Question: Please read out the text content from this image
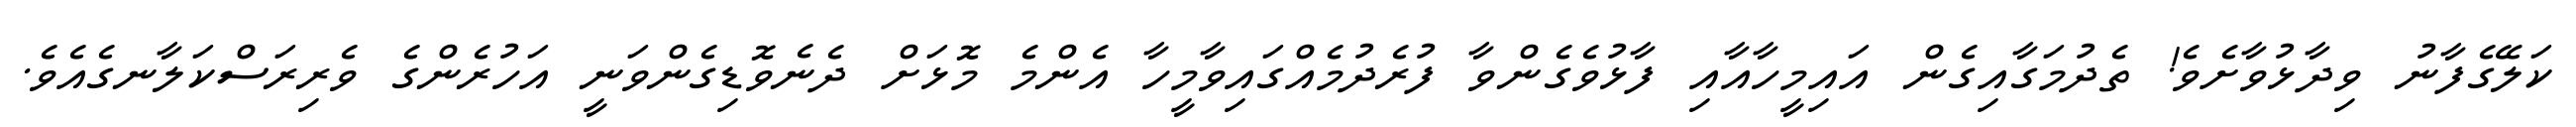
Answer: ކަލޭގެފާނު ވިދާޅުވާށެވެ! ތެދުމަގާއިގެން އައިމީހާއާއި ފާޅުވެގެންވާ ފުރެދުމެއްގައިވާމީހާ އެންމެ މޮޅަށް ދެނެވޮޑިގެންވަނީ އަހުރެންގެ ވެރިރަސްކަލާނގެއެވެ.